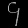
Digit: ၄